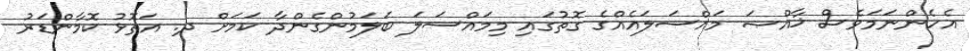
އެހެންނަމަވެސް ޚާއްޞަ މައްސަލައެއްގެ ގޮތުގައި މިމައްސަލަ ބަލަމުންގެންދާ ކަމަށް ދ. އަތޮޅު ކޮމާންޑަރު